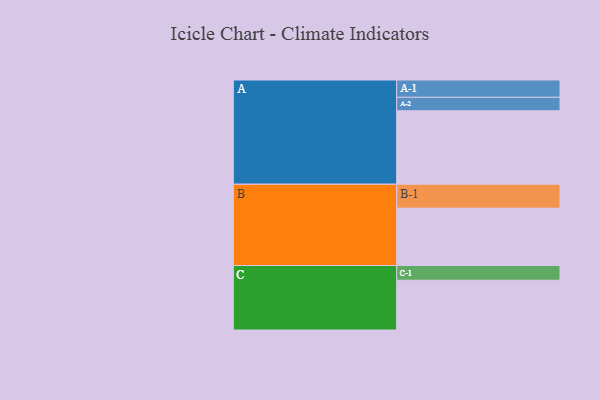
{"axis": {"x": "Segment", "y": "Value"}, "legend": ["", "A", "B", "C"], "data": [{"x": "A", "y": 573, "type": ""}, {"x": "B", "y": 447, "type": ""}, {"x": "C", "y": 388, "type": ""}, {"x": "A-1", "y": 135, "type": "A"}, {"x": "A-2", "y": 105, "type": "A"}, {"x": "B-1", "y": 187, "type": "B"}, {"x": "C-1", "y": 115, "type": "C"}]}